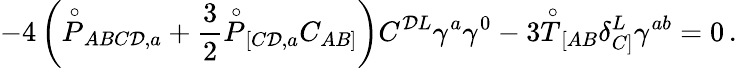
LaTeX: -4\left(\stackrel{\circ}{P}_{ABC\mathcal{D},a}+\frac{{3}}{{2}}\stackrel{\circ}{P}_{[C\mathcal{D},a}C_{AB]}\right)C^{\mathcal{D}L}\gamma^{a}\gamma^{0}-3\stackrel{\circ}{T}_{[AB}\delta_{C]}^{L}\gamma^{ab}=0\, .